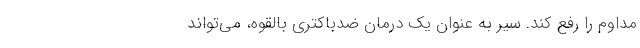
مداوم را رفع کند. سیر به عنوان یک درمان ضدباکتری بالقوه، می‌تواند